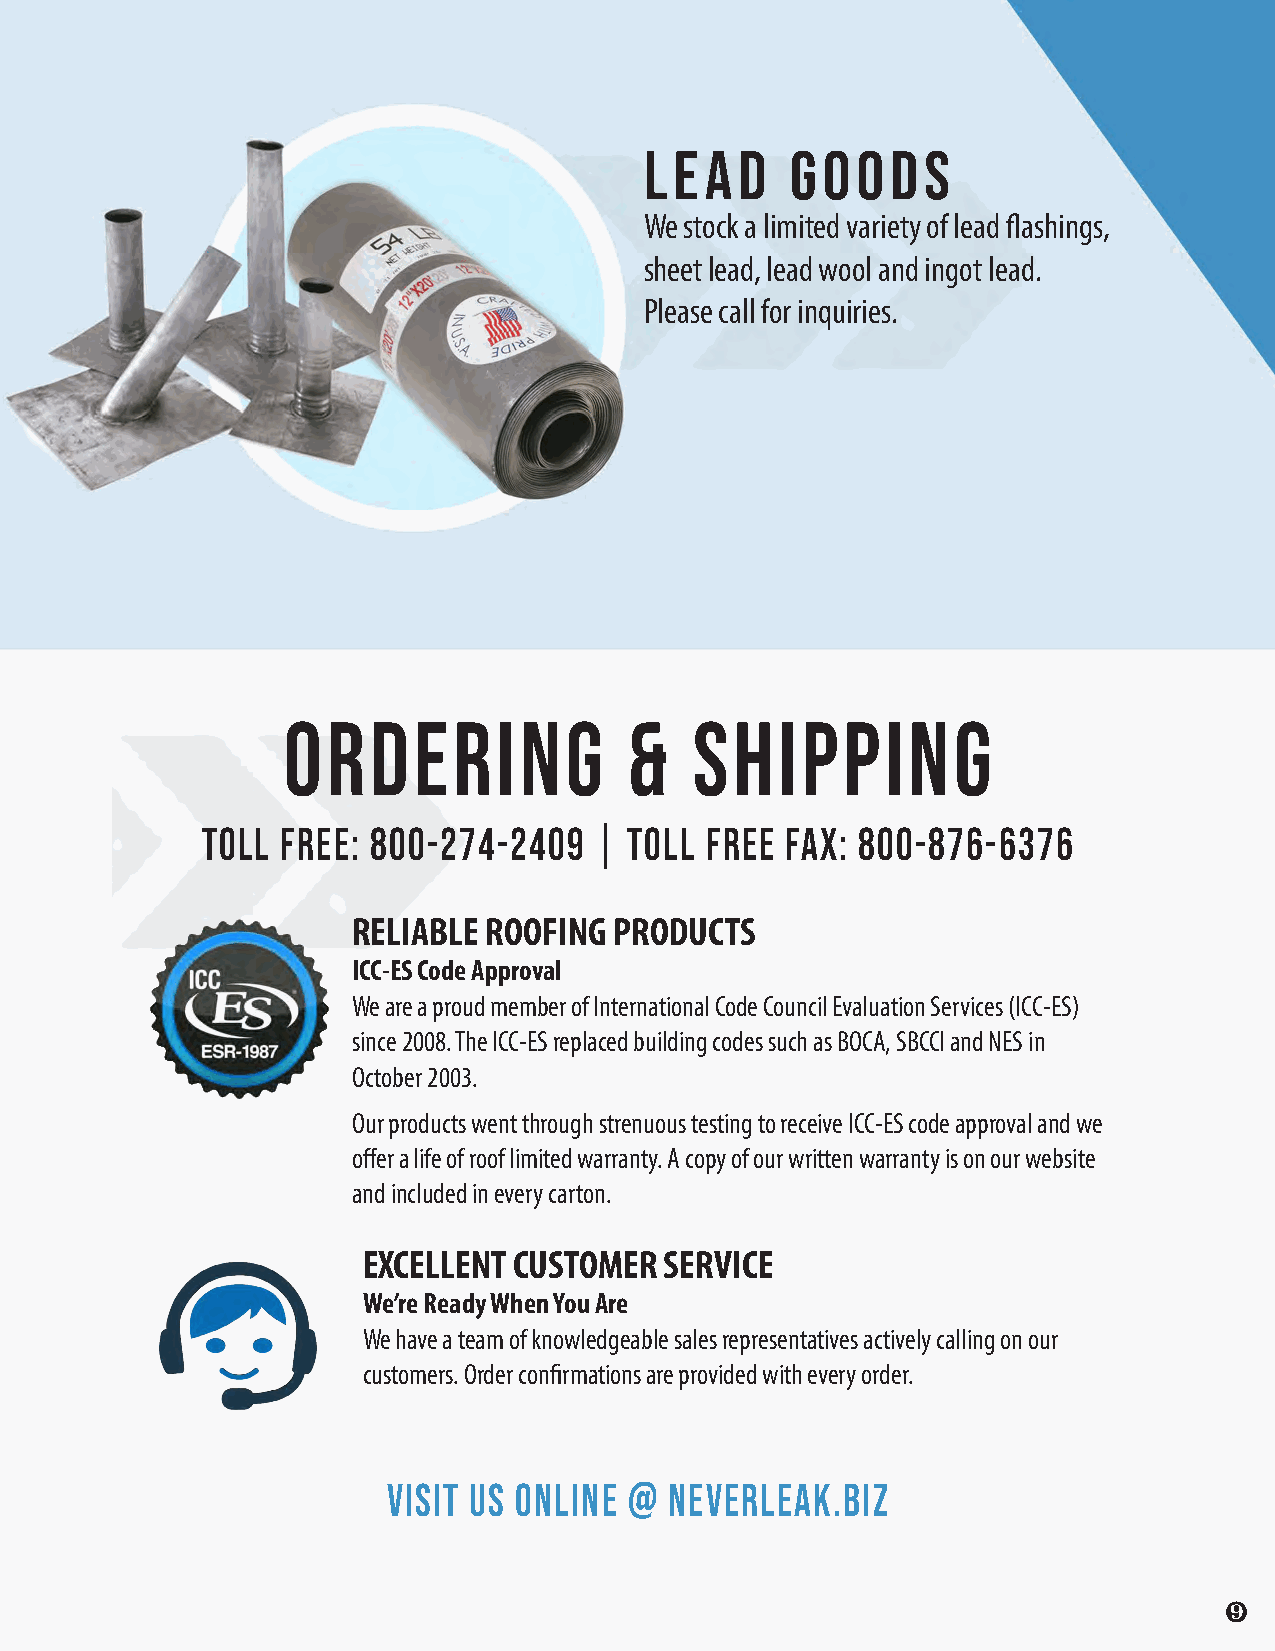
LEAD     GOODS
 We stock a limited variety of lead flashings,
 sheet lead, lead wool and ingot lead.
 Please call for inquiries.
 ORDERING               &   SHIPPING
 Toll  Free: 800-274-2409  |  Toll Free Fax: 800-876-6376
 RELIABLE ROOFING  PRODUCTS
 ICC-ES Code Approval
 We are a proud member of International Code Council Evaluation Services (ICC-ES)
 since 2008. The ICC-ES replaced building codes such as BOCA, SBCCI and NES in
 October 2003.
 Our products went through strenuous testing to receive ICC-ES code approval and we
 offer a life of roof limited warranty. A copy of our written warranty is on our website
 and included in every carton.
 EXCELLENT CUSTOMER  SERVICE
 We’re Ready When You Are
 We have a team of knowledgeable sales representatives actively calling on our
 customers. Order confirmations are provided with every order.
 visit us online @ neverleak.biz
 ❾